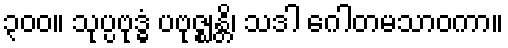
၃၀၀။ သုပ္ပဗုဒ္ဓံ ပဗုဇ္ဈန္တိ၊ သဒါ ဂေါတမသာဝကာ။